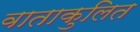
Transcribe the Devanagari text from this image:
वाताकुलित